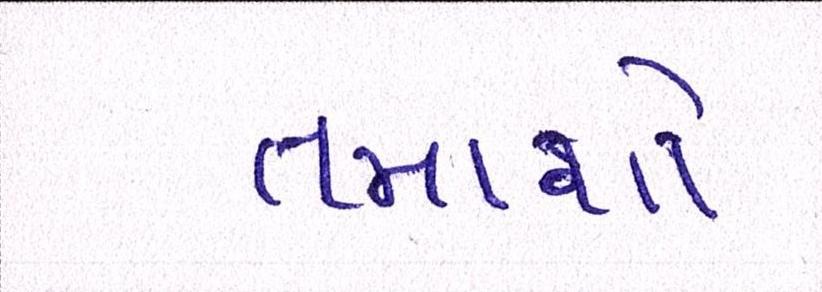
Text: તમાશો